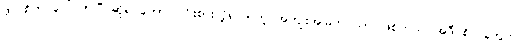
ဖိုလ်စိတ် ပေါ်လာပြီ ဆိုရင်တော့ ကြိုးစားလို့ရလာတဲ့ အကျိုးအမြတ် သာ ဖြစ်တယ်၊ အဲဒီ စိတ်တွေက